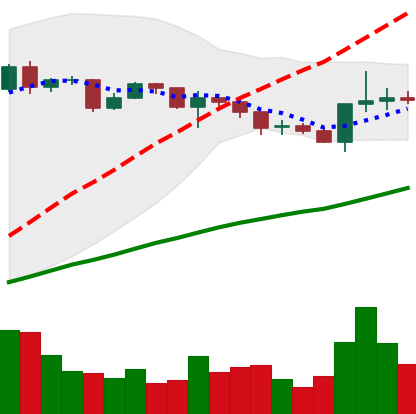
Ticker: XRP-USD
Chart end date: 2020-12-19
Forward return: -41.671%
Label: down_7plus